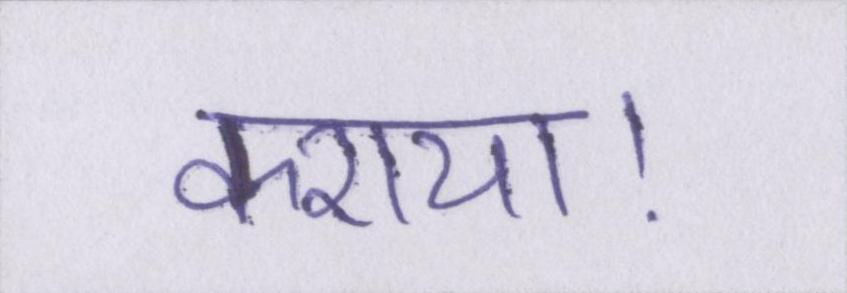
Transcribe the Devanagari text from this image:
कराया।